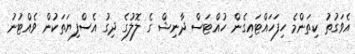
އެވަގުތު ކިތަންމެ ހިފަހައްޓައިގެން ހުއްޓަސް ދާނިޝް ގެ ލޮލުގެ ދިގު އެސްފިޔަތަކުން ވެއްޓުނު